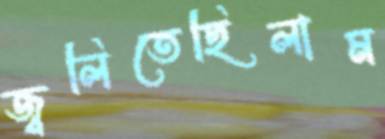
জ্বলিতেছিলাম